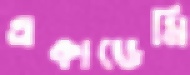
একাডেমি